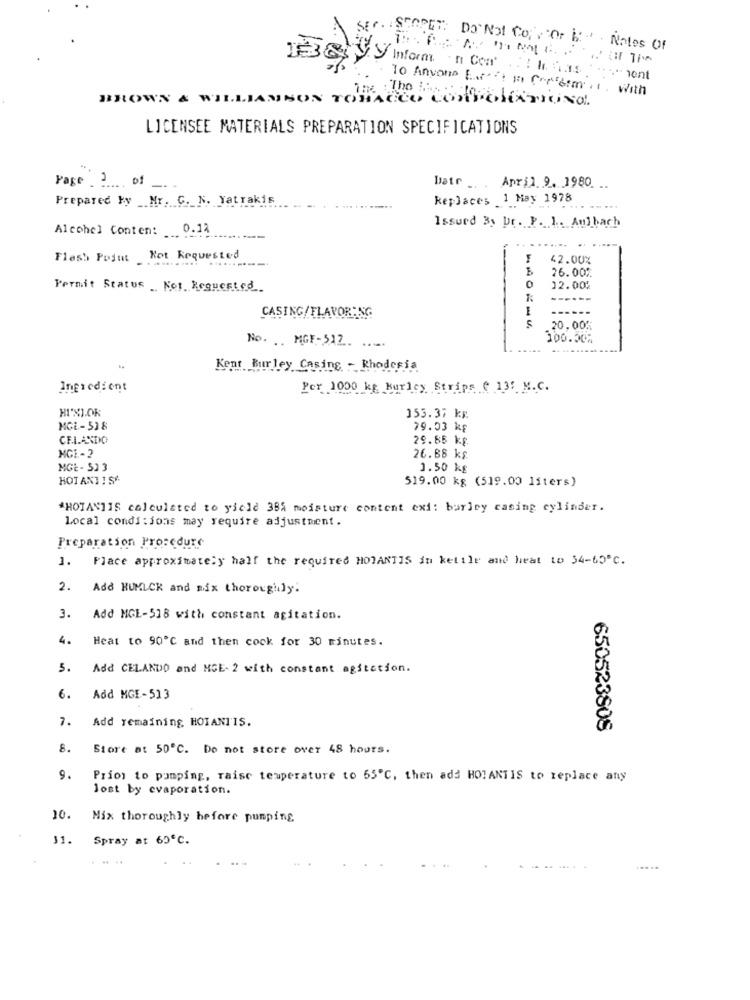
SER. SPORET DO Not Co, , Or i: Notes Of
Hay Inform n Con Mas
. To Anyone EPI Coretm.I. With
BROWN & WILLIAMSON TOBACCO CORPORATIONO.
LICENSEE MATERIALS PREPARATION SPECIFICATIONS
Page _of
Date _. . April 9. 1980
Prepared by _Mr. G. N. Yatrakis
keplaces 1 May 1978
Alcohol Conten: 0.17
Issued By Dr. P. 1 .. Aulbach
---
Flesh Pojut Kot Requested
F
42.00%
26.00%
Permit Status _Not Requested
0
12.00%
------
CASING/FLAVORING
20,005
200.50%
No. .. MGF-51Z .. ....
Kent Burley Casing - Rhodesia
Ingredient
Per 1000 kg Hurley Strips @ 13: M.C.
HI"XI.OR
153.37 kg
MGL-538
79.03 kg
CELANDO
29.85 kg
MG1-2
26.88 kg
MGE- 513
1.50 kg
HOTANI ISA
519.00 kg (519.00 liters)
*HOTANIIS calculated to yield 38% moisture content exi: burley casing cylinder.
Local condi :jons may require adjustment.
Preparation Procedure
1. Place approximately half the required HOIANTIS in ketile and heat to 54-65 ℃.
2. Add HUMLCR and mix thoroughly.
3.
Add MGE-518 with constant agitation.
4.
Heat to 90℃ and then cock for 30 minutes.
5.
Add CELANDO and MGE- 2 with constant agitation.
6.
Add MGE-513
7.
Add remaining HOTANTIS.
650523808
8.
Store at 50℃. Do not store over 48 hours.
9.
Prior to pumping, raise temperature to 55℃, then ads HOTANTIS to replace any
lost by evaporation.
10.
Mix thoroughly before pumping
11.
Spray at 65℃.